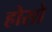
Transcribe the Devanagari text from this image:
होसो